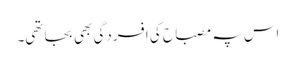
اس پہ مصباح کی افسردگی بھی بجا تھی۔